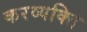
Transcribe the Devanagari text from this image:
करव्यक्ति